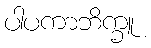
ပါပကာဘိက္ခူ